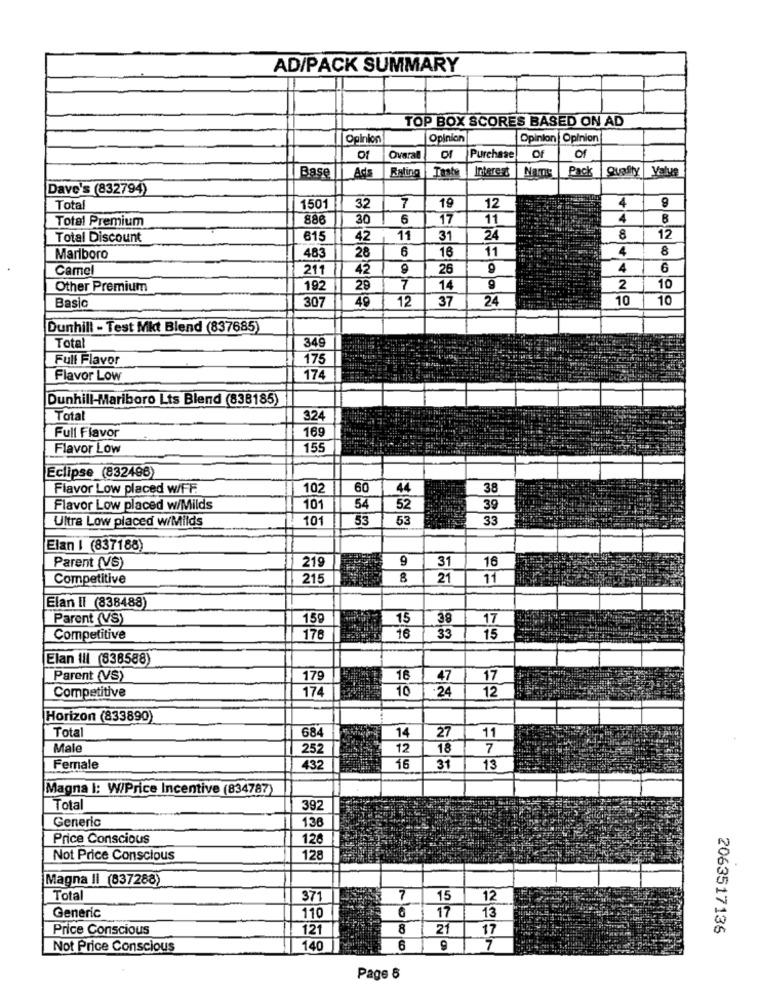
AD/PACK SUMMARY
TOP BOX SCORES BASED ON AD
Opinion
Opinion
Opinion | Opinion
Of
of
Overal
Purchase
Rating
Taste
Intere &
Pack
Quality Valuş
Base
Ads
Dave's (832794)
Total
7
4
1501
32
19
12
Total Premium
888
30
6
17
11
4
B
Total Discount
615
42
11
31
24
8
12
6
11
4
8
Marlboro
483
28
16
Camel
211
42
9
26
4
G
Other Premium
192
29
7
14
9
2
10
307
49
12
37
24
10
10
Basic
Dunhill - Test Mkt Blend (837685)
Total
349
Full Flavor
175
Flavor Low
174
Dunhill-Mariboro Lts Blend (838185)
Total
324
Full Flavor
169
Flavor Low
155
Eclipse (832496)
Flavor Low placed w/FF
102
60
44
38
Flavor Low placed w/Milds
101
54
52
39
Ultra Low placed w/Milds
101
53
53
33
Elan | (837188)
219
9
16
Parent (VS)
31
Competitive
215
8
21
11
Elan II (838488)
Parent (VS)
159
15
38
17
Competitive
178
16
33
15
Elan III (838588)
Parent (VS)
179
16
47
17
174
10
Competitive
24
12
Horizon (833890)
Total
684
14
27
11
Male
252
12
18
7
Female
432
16
31
13
Magna |: W/Price Incentive (834787)
Total
392
136
Generic
Price Conscious
128
Not Price Conscious
128
Magna II (637288)
Total
371
7
15
12
110
17
Generic
13
Price Conscious
121
8
21
17
2063517135
Not Price Conscious
140
6
9
7
Page 8